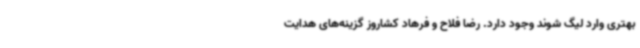
بهتری وارد لیگ شوند وجود دارد. رضا فلاح و فرهاد کشاروز گزینه‌های هدایت